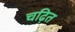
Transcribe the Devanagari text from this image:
चढ़ित